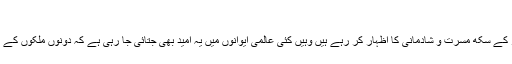
(اے ایف پی)
بھارت اور پاکستان کے بیچ کشیدہ حالات کے باوجود کرتارپور راہداری کھولنے پر جہاں دنیا بھر کے سکھ مسرت و شادمانی کا اظہار کر رہے ہیں وہیں کئی عالمی ایوانوں میں یہ امید بھی جتائی جا رہی ہے کہ دونوں ملکوں کے مابین باعث کشیدگی ’مسئلہ کشمیر‘ کو حل کرنے کا ایک سنہری موقع بھی حاصل کیا جاسکتا ہے۔